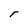
Character: r